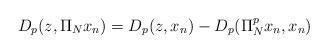
LaTeX: \begin{align*} D_p(z, \Pi_N x_n) = D_p(z, x_n) - D_p(\Pi_N^p x_n, x_n) \end{align*}